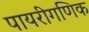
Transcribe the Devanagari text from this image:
पायरीगणिक